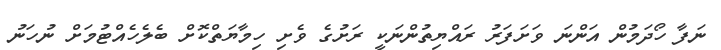
ނަފާ ހޯދަމުން އަންނަ ވަށަފަރު ރައްޔިތުންނަކީ ރަށުގެ ވެށި ހިމާޔަތްކޮށް ބެލެހެއްޓުމަށް ނުހަނު